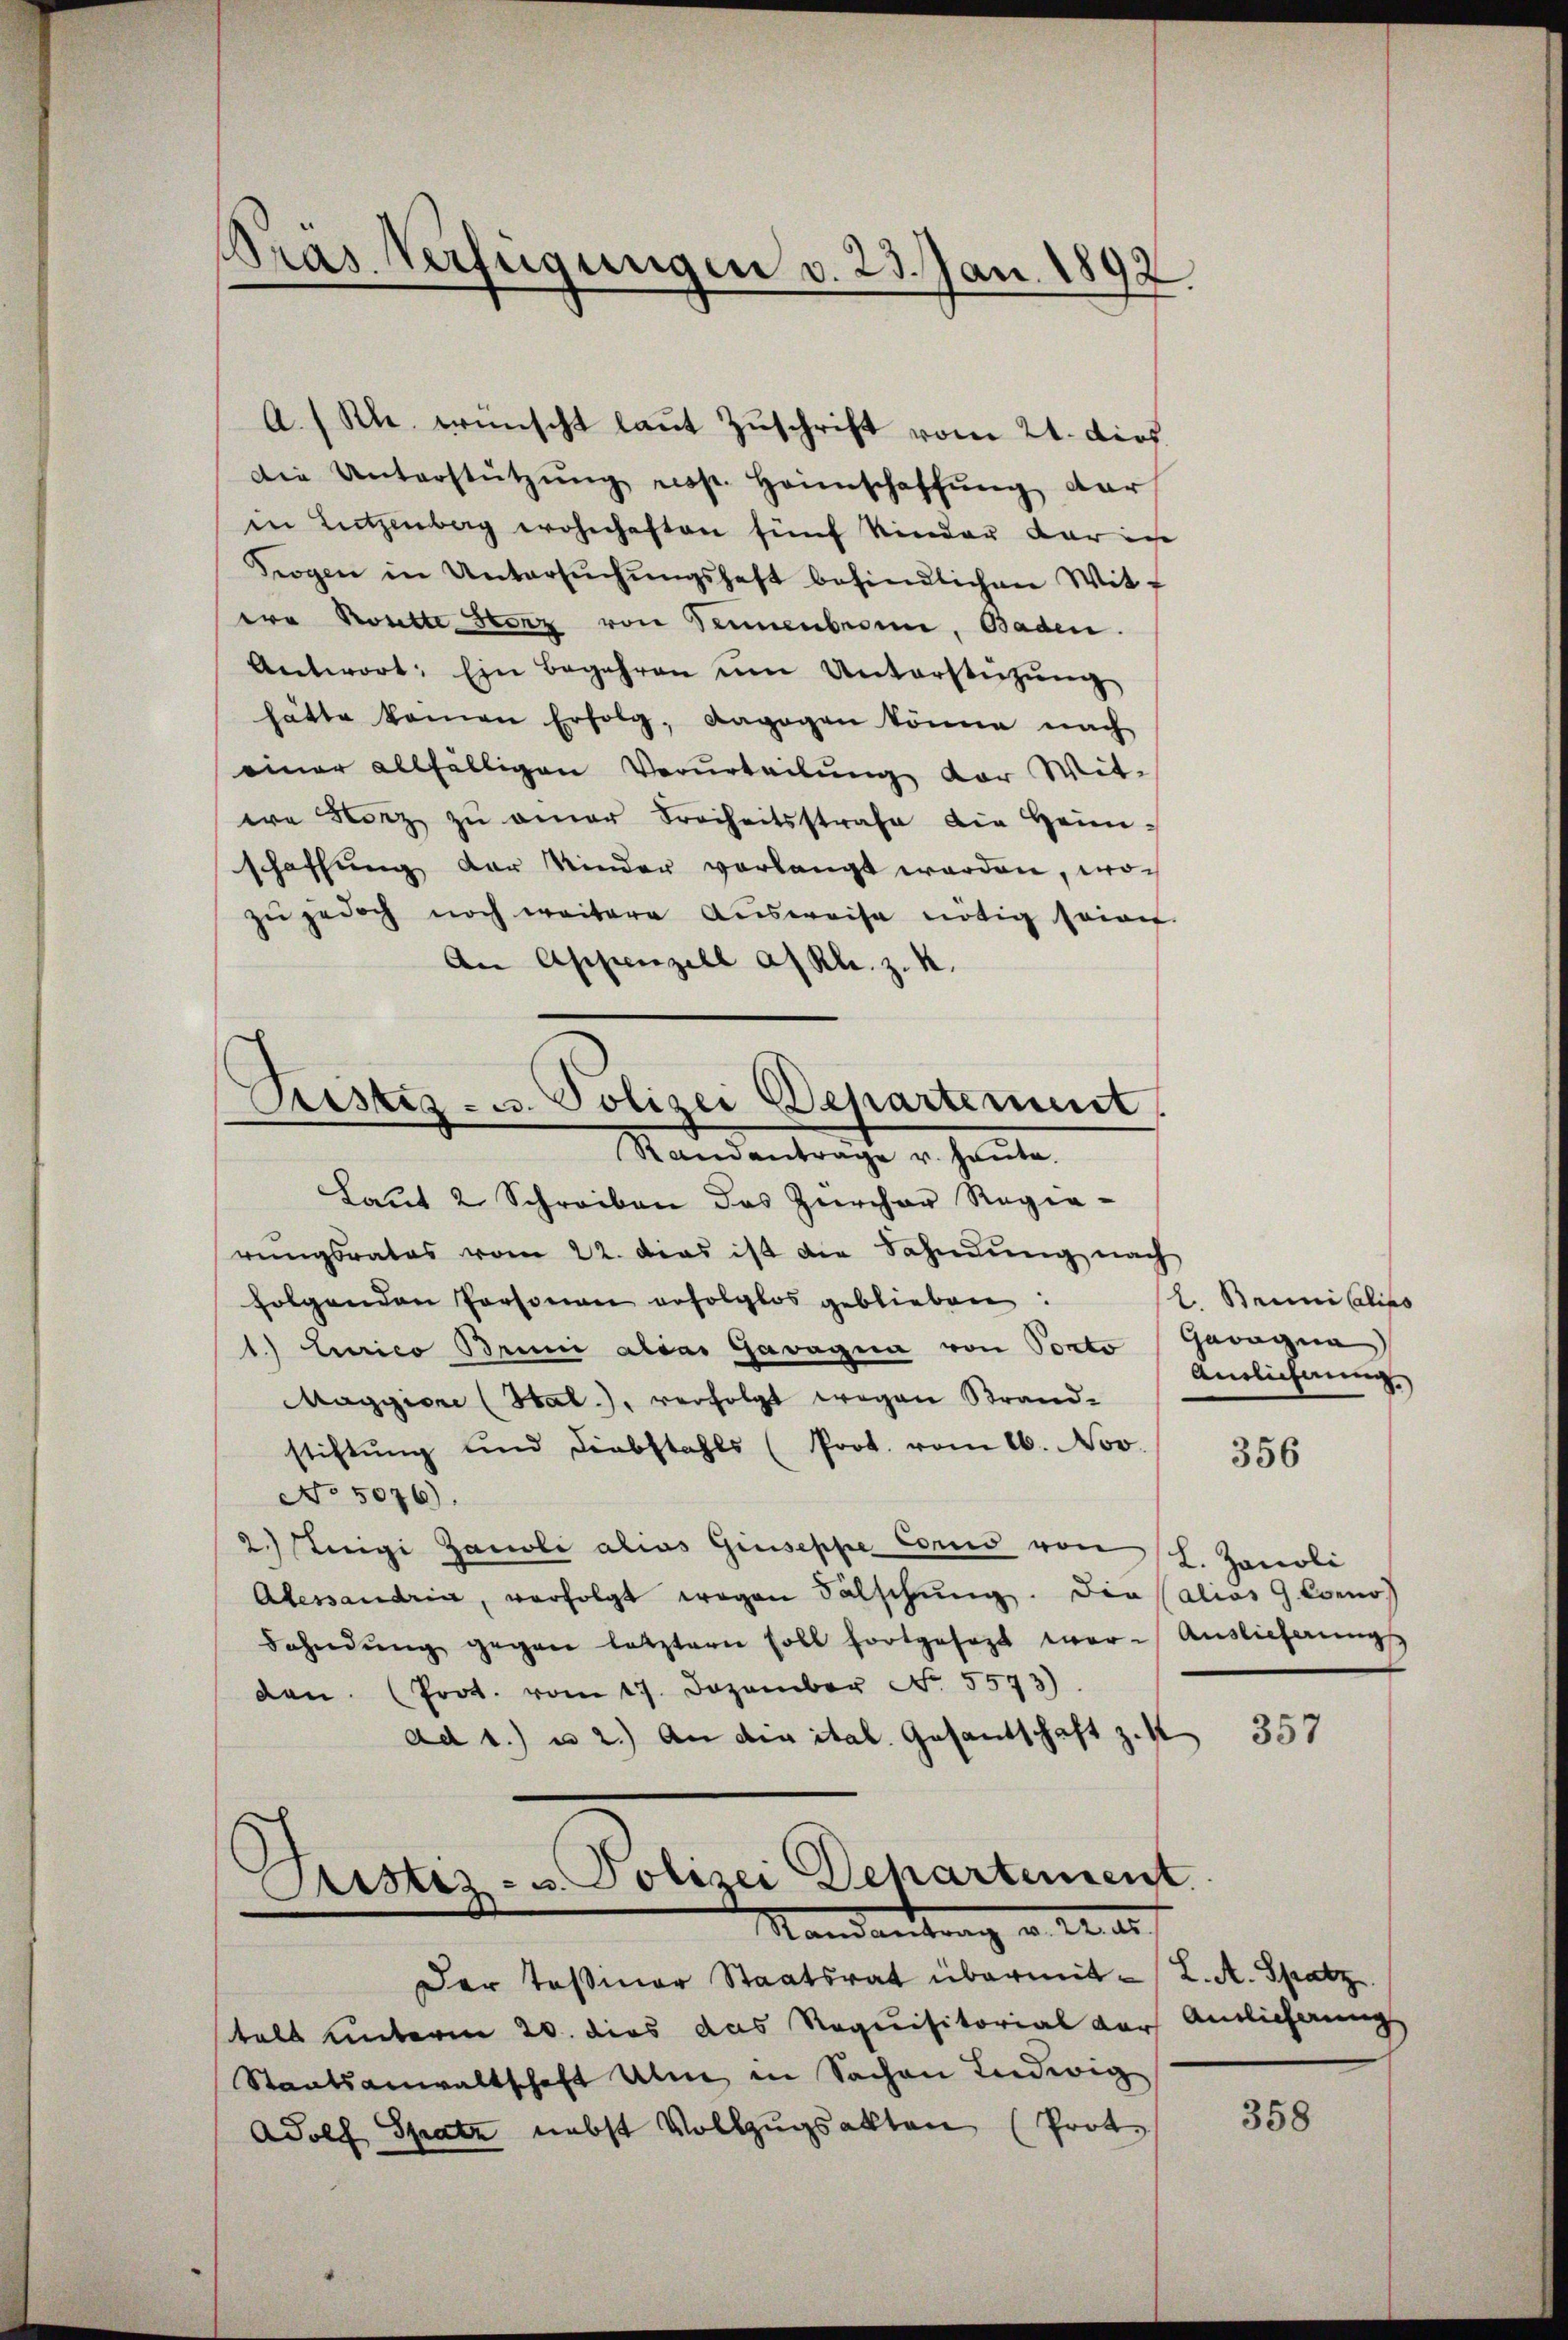
Präs. Verfügungen v. 23. Jan. 1892.

Die Unterstützŭng rost. Heimschaffŭng dar
in Lützenberg wohnhaften fünf Kinder dar in
Sogen in Untersŭchŭngshaft befindlichen Wit-
ea Rottestenz von Sennenberin, Baden.
Antwort: Ein Begehren ŭm Unterstützŭng
hätte kamen Erfolg, dagegen könne nach
einer allfälligen Verurteilung der Witea Lanz zŭ einer Freiheitsstrafe die Heimschaffung der Kinder verlangt werden, wo
zŭ jedoch noch weitere Aŭsweise nötig seine
An Appenzell a/Rh. z. K.
Laŭt 2 Schreiben des Zürcher Regie-
rungsrates vom 22. Das ist die Sahndŭng nach
folgenden Personen erfolglos geblieben:
1.) Einrico Bruni aldas Gavagna von Ponto
Maggiore (Hal.), verfolgt wegen Strand-
stiftŭng und Diebstahls (Prot. vom 16. Nov.
No 5076).
2.) Steigi Zanoli alias Giuseppe Cors von sch. Zanoli
Alessandrin, verfolgt wegen Fälschŭng. Die alios G. Como
dahndŭng gegen letztern soll fortgesezt war. Auslieferungs
den. (Prot. vom 17. Dezember No. 5573).
ad 1. u 2.) An die ital. Gesantschaft z. 357
1
Aristiz- u. Polizei Departement

A.Rh. wünscht laŭt Zŭschrift vom 21. dich.

Custiz- u. Polizei Departement
Randantrage u. heute.

Randantrag v. M. er

L. Brini Calipo
Gawagne
Antlichnung

Der Teßiner Staatsrat übermittals unterm 20. dies das Requisitorial dar
Staatsanwaltschaft Ulm in Sachen Ludwig
Adolf Spatz nebst Vollzugsalten (Prote

356

L. A. Spatz.
Ainlicherung

358